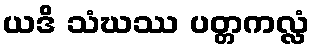
ယဒိ သံဃဿ ပတ္တကလ္လံ